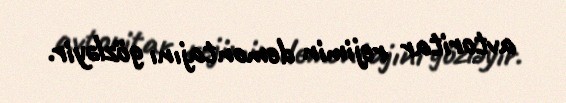
avtoritar rejimin demontajını gözləyir.